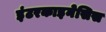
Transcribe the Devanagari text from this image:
इंटरकाइनेसिस